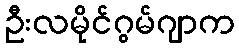
ဦးလမိုင်ဂွမ်ဂျာက